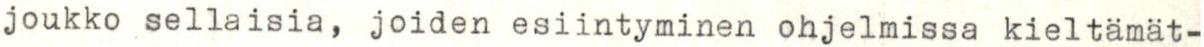
joukko sellaisia, joiden esiintyminen ohjelmissa kieltämät-